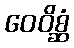
ဝေဝိစ္ဆံ